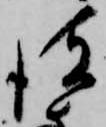
彼